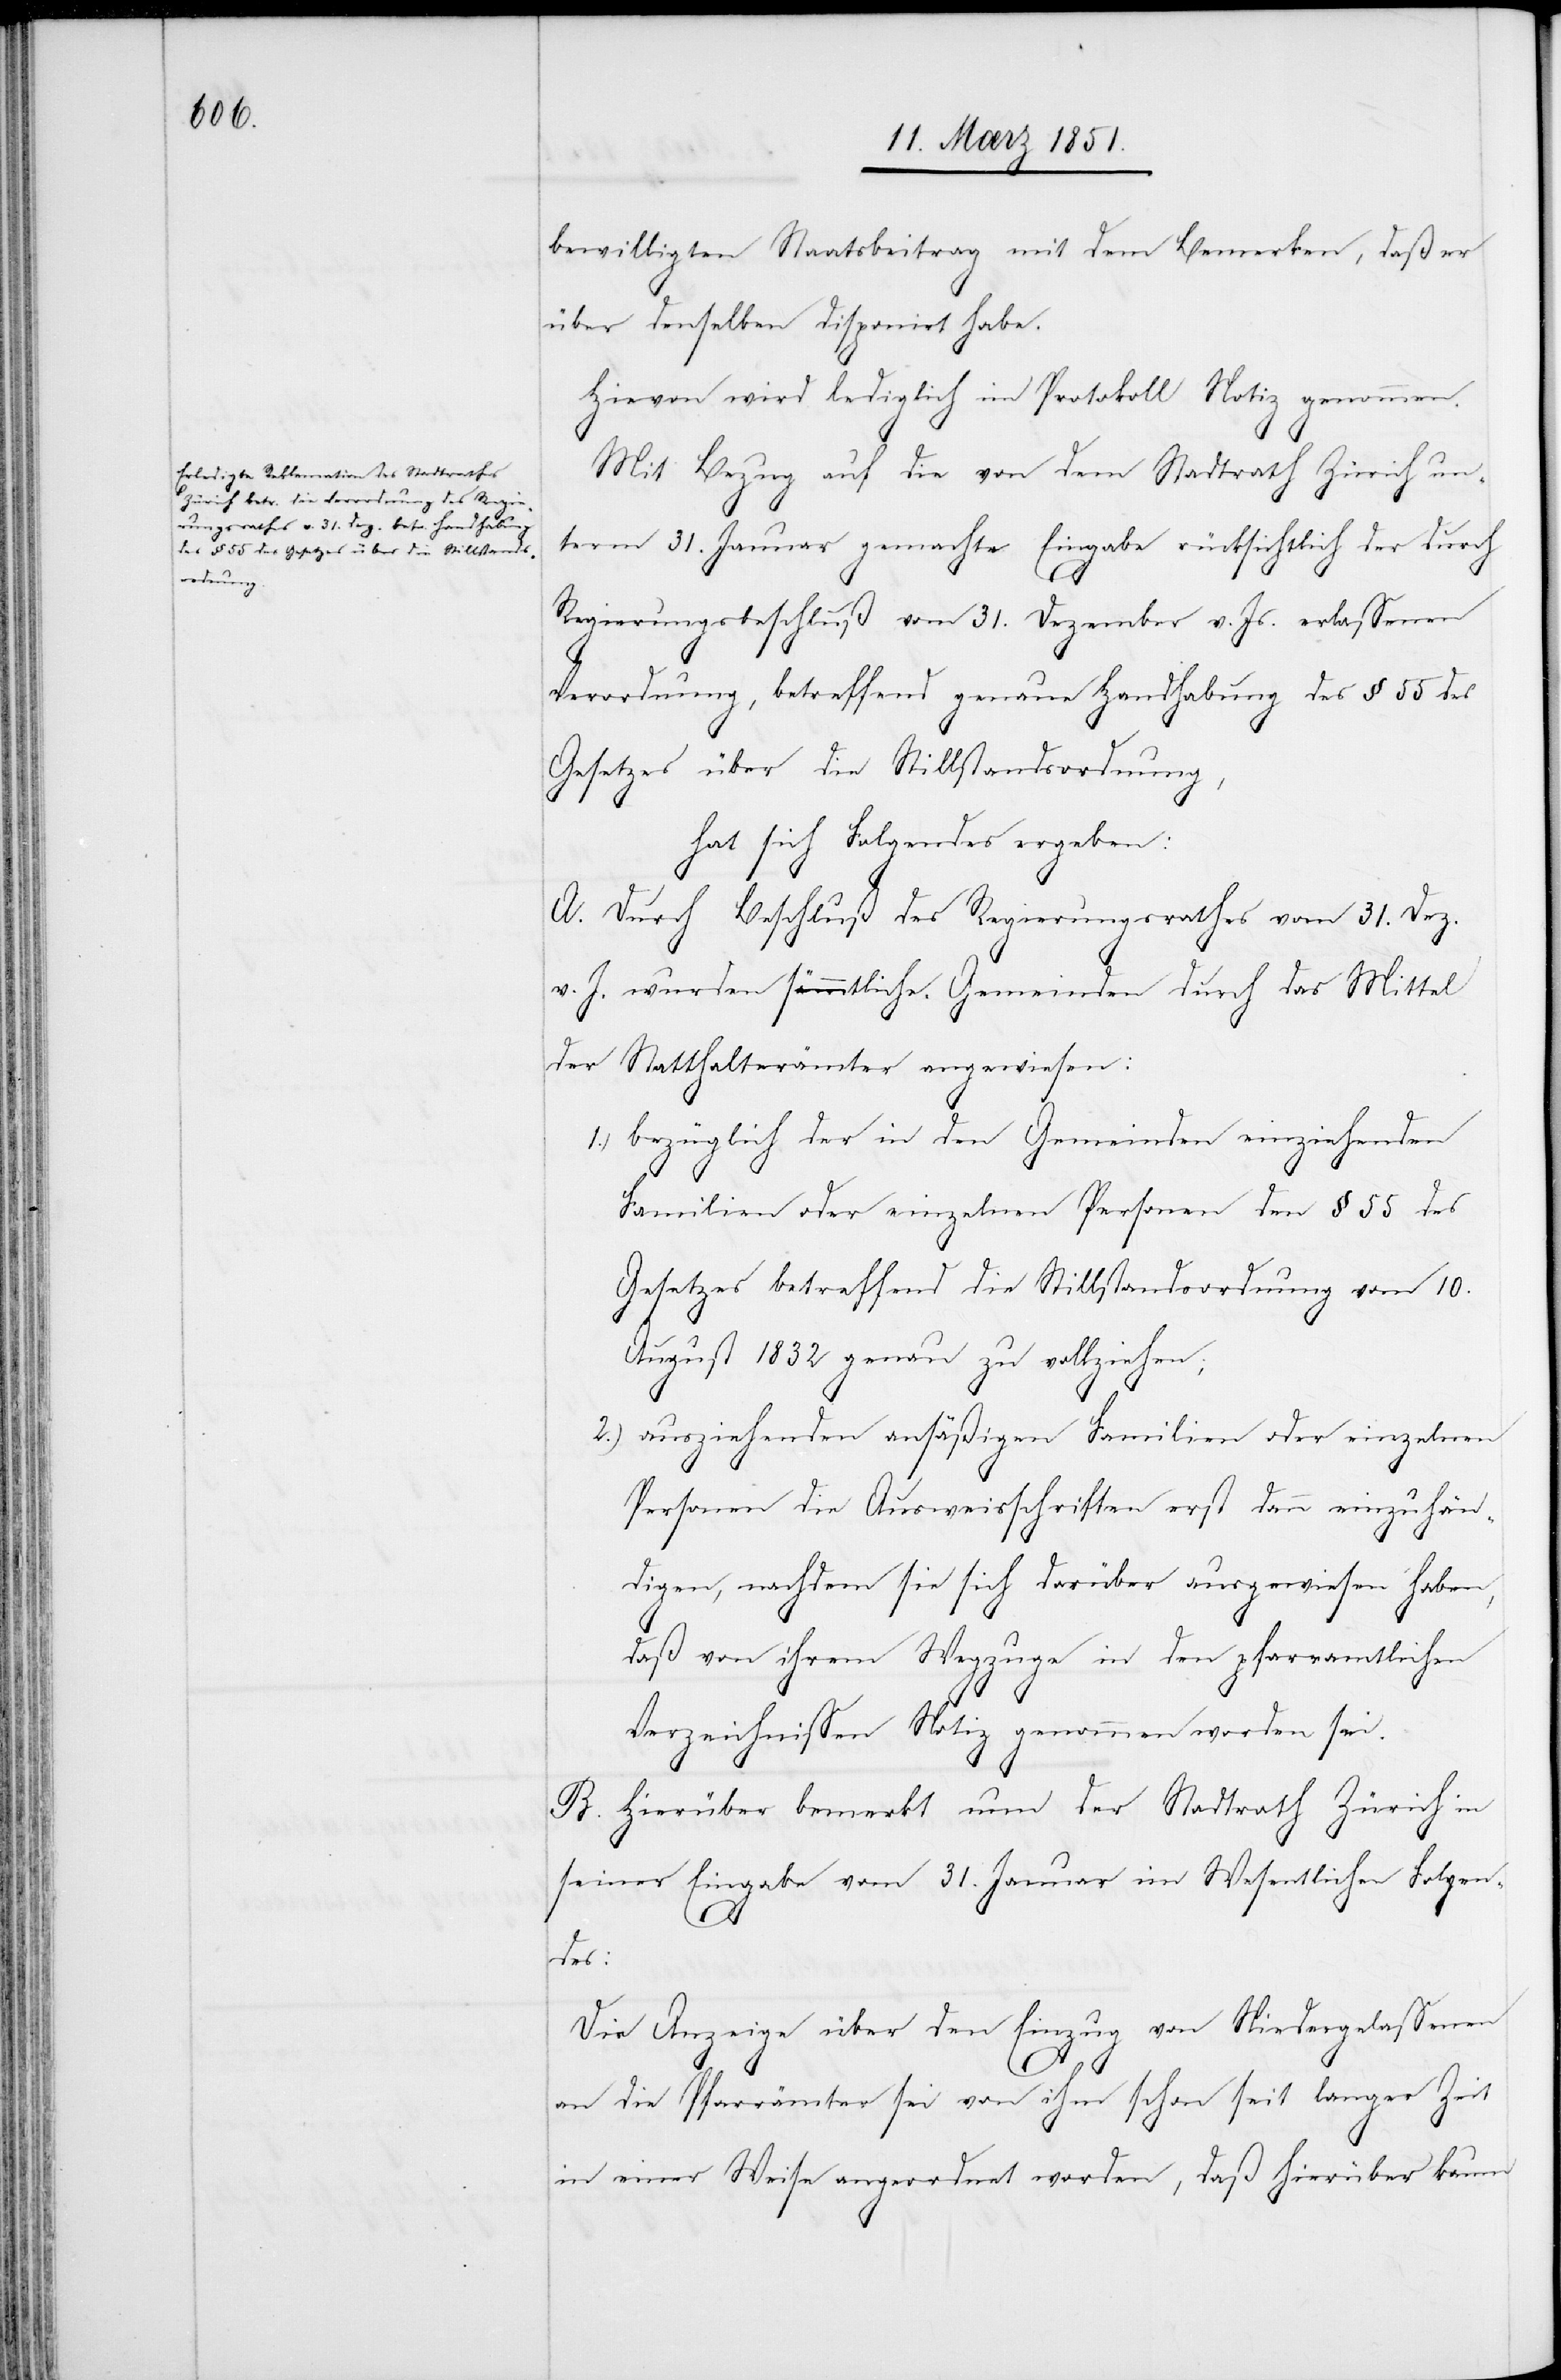
bewilligten Staatsbeitrag mit dem Bemerken, daß er
über denselben disponirt habe.
Hievon wird lediglich im Protokoll Notiz genommen.
Mit Bezug auf die von dem Stadtrath Zürich un¬
term 31. Januar gemachte Eingabe rücksichtlich der durch
Regierungsbeschluß vom 31. Dezember v. Js. erlassenen
Verordnung, betreffend genaue Handhabung des § 55 des
Gesetzes über die Stillstandsordnung,
hat sich Folgendes ergeben:
A. Durch Beschluß des Regierungsrathes vom 31. Dez.
v. J. wurden sämmtliche Gemeinden durch das Mittel
der Statthalterämter angewiesen:
bezüglich der in den Gemeinden einziehenden
Familien oder einzelnen Personen den § 55 des
Gesetzes betreffend die Stillstandsordnung vom 10.
August 1832 genau zu vollziehen;
ausziehenden ansäßigen Familien oder einzelnen
Personen die Ausweisschriften erst dann einzuhän¬
digen, nachdem sie sich darüber ausgewiesen haben,
daß von ihrem Wegzuge in den pfarramtlichen
Verzeichnissen Notiz genommen worden sei.
B. Hierüber bemerkt nun der Stadtrath Zürich in
seiner Eingabe vom 31. Januar im Wesentlichen Folgen¬
2.)
des:
Die Anzeige über den Einzug von Niedergelassenen
an die Pfarrämter sei von ihm schon seit langer Zeit
in einer Weise angeordnet worden, daß hierüber kaum